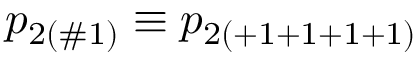
p _ { 2 ( \# 1 ) } \equiv p _ { 2 ( + 1 + 1 + 1 + 1 ) }